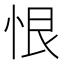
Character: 恨